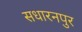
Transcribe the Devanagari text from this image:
सधारनपुर